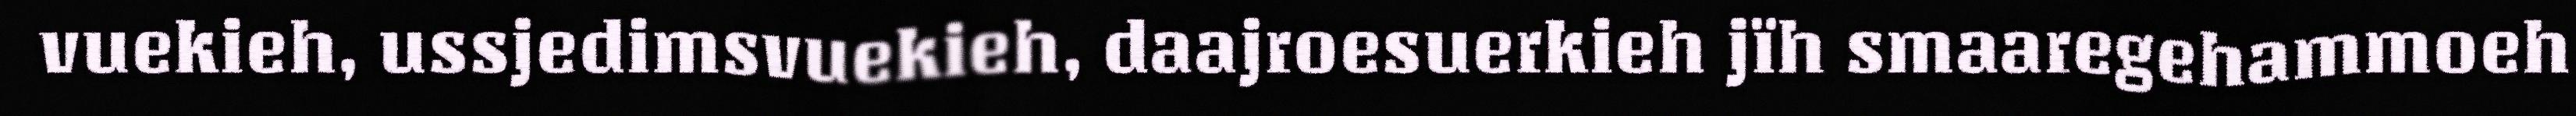
vuekieh, ussjedimsvuekieh, daajroesuerkieh jïh smaaregehammoeh